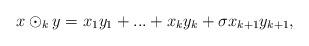
LaTeX: \begin{align*} x\odot_{k} y=x_{1}y_{1}+...+x_{k}y_{k}+\sigma x_{k+1}y_{k+1}, \end{align*}